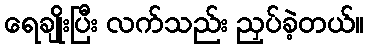
ရေချိုးပြီး လက်သည်း ညှပ်ခဲ့တယ်။